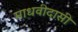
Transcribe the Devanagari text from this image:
माधवीदासी